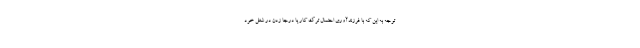
توجه به این که با فرزندآوری احتمال ترک کار یا درجا زدن در شغل خود